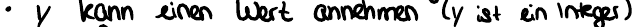
y kann einen Wert annehmen (y ist ein Integer)